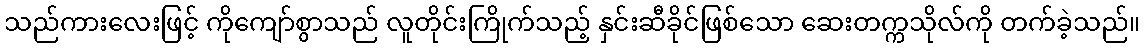
သည်ကားလေးဖြင့် ကိုကျော်စွာသည် လူတိုင်းကြိုက်သည့် နှင်းဆီခိုင်ဖြစ်သော ဆေးတက္ကသိုလ်ကို တက်ခဲ့သည်။